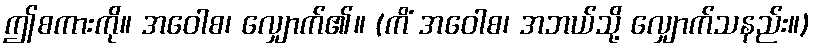
ဤစကားကို။ အဝေါစ၊ လျှောက်၏။ (ကိံ အဝေါစ၊ အဘယ်သို့ လျှောက်သနည်း။)